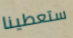
ستعطينا